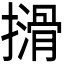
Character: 𫾈